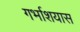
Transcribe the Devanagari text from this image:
गर्भाशयास